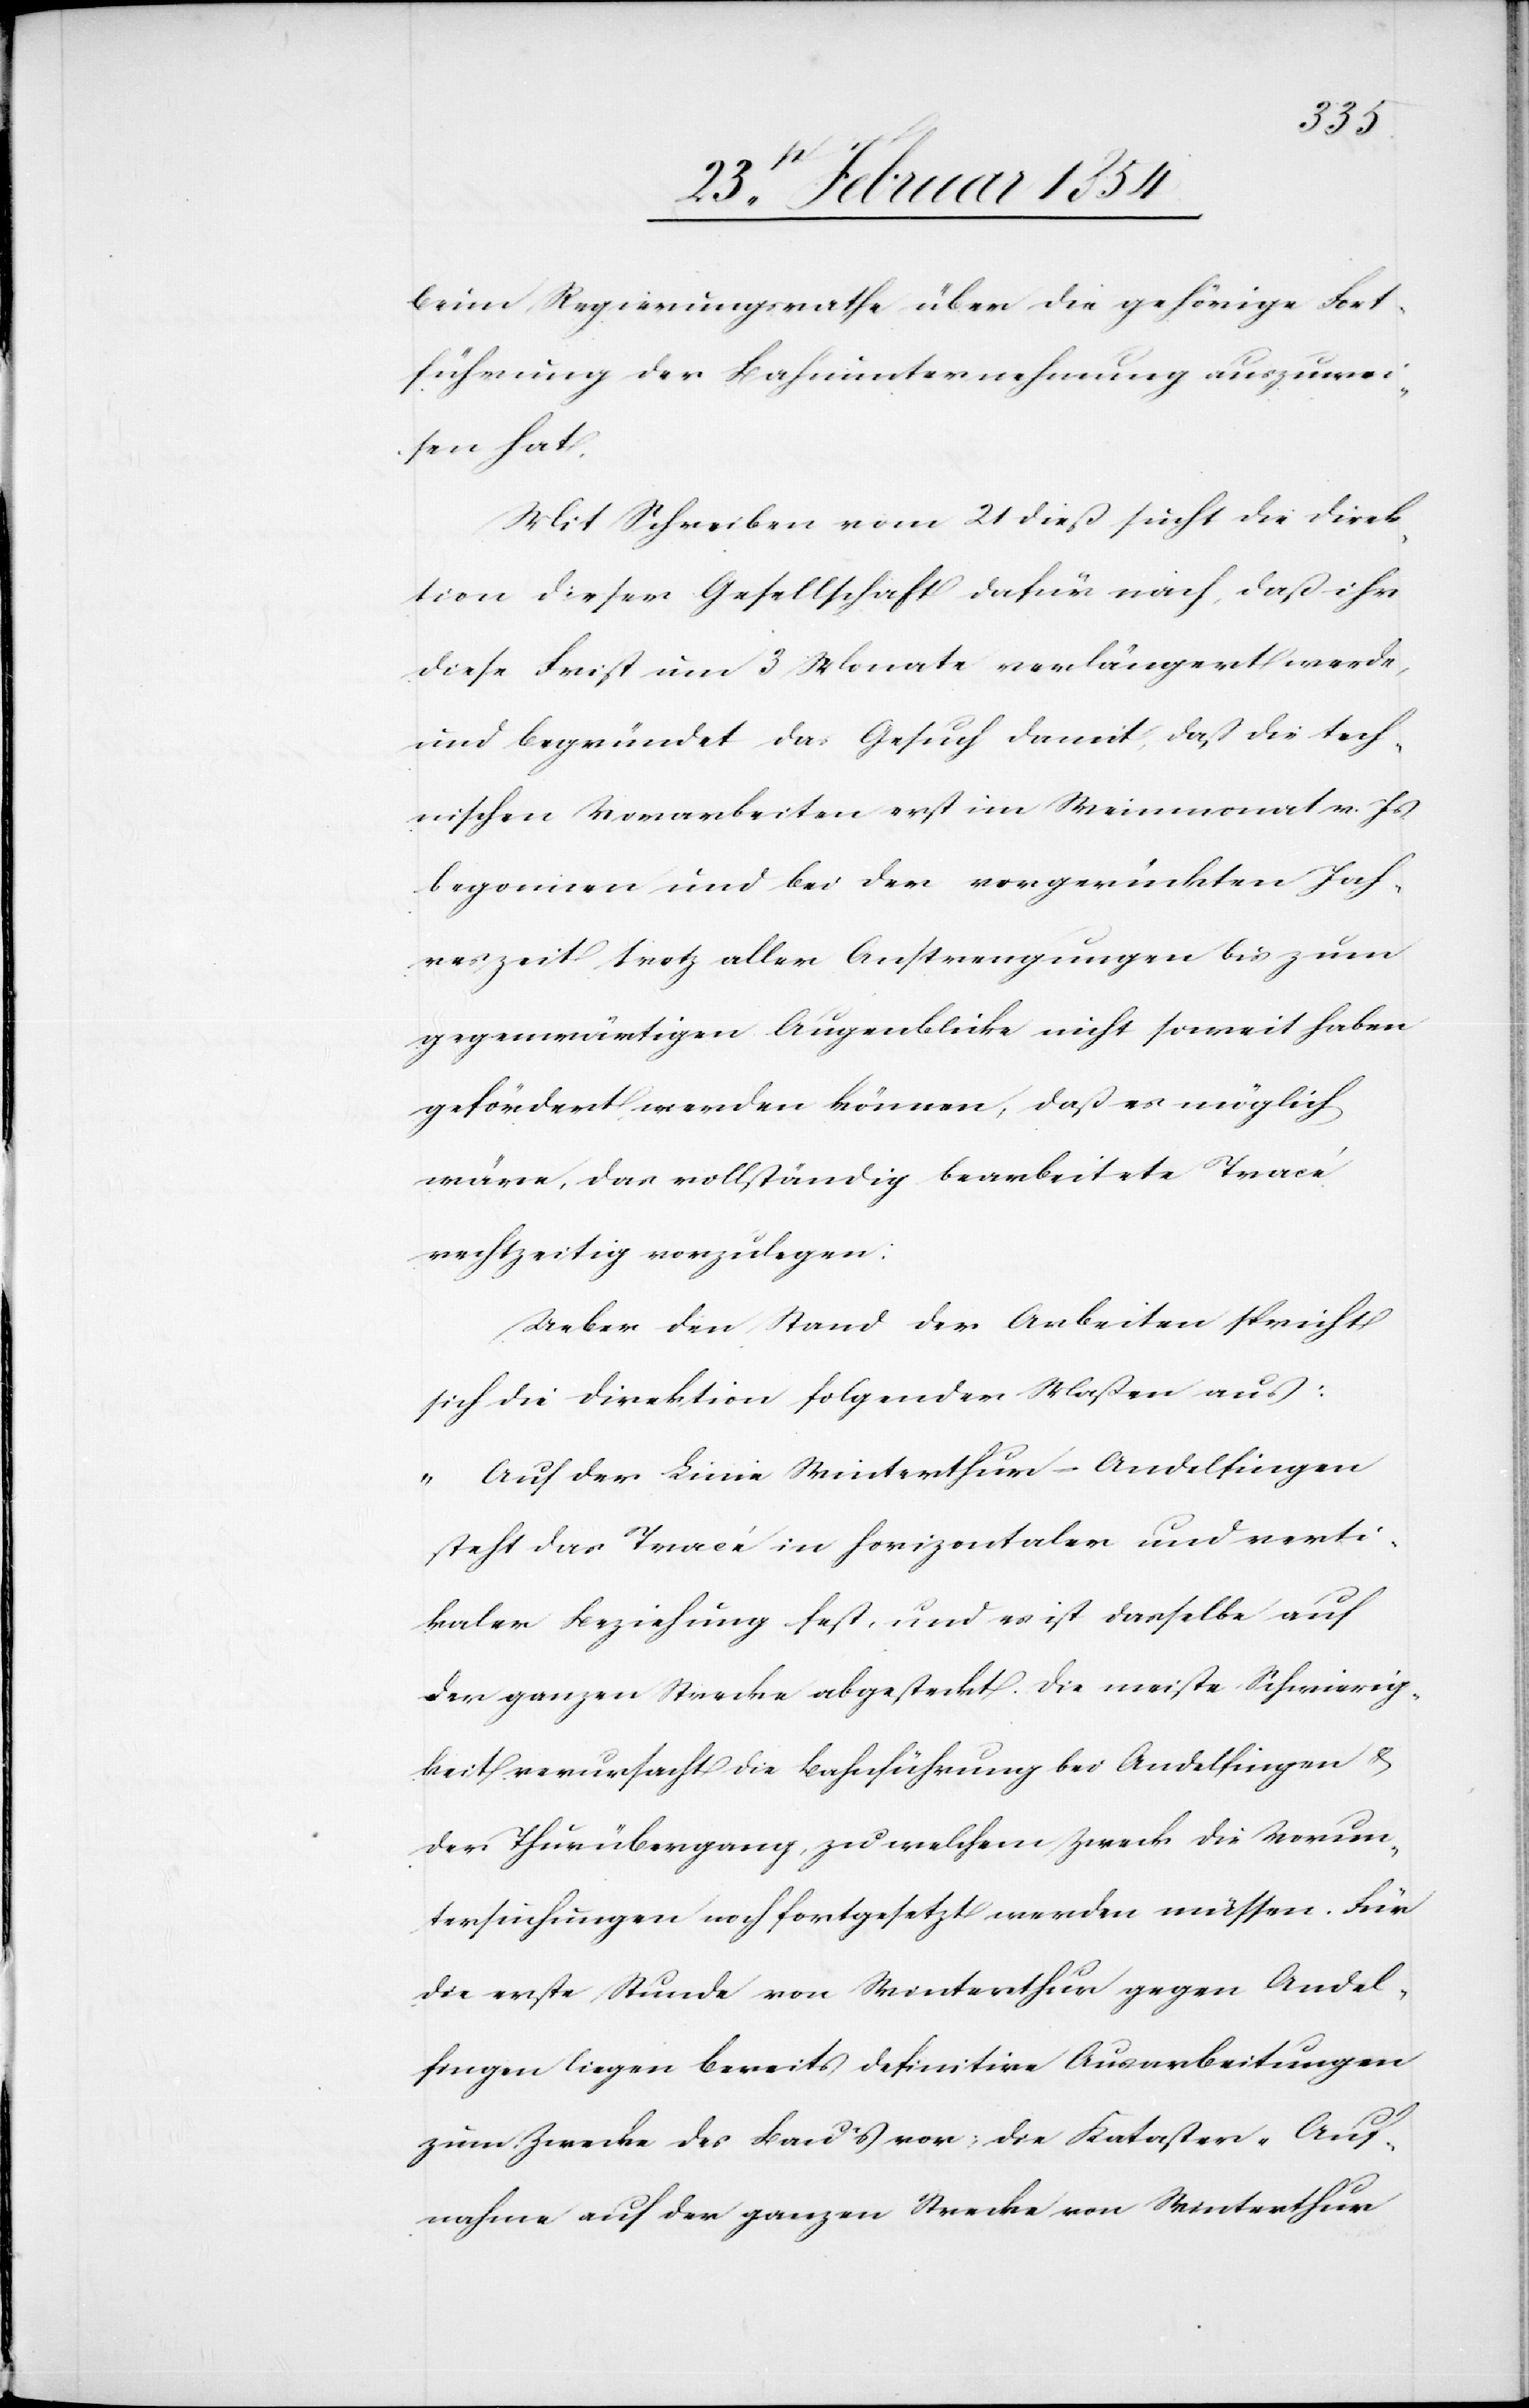
beim Regierungsrathe über die gehörige Fort¬
führung der Bahnunternehmung auszuwei¬
sen hat.
Mit Schreiben vom 21 dieß sucht die Direk¬
tion dieser Gesellschaft dafür nach, daß ihr
diese Frist um 3 Monate verlängert werde,
und begründet das Gesuch damit, daß die tech¬
nischen Vorarbeiten erst im Weinmonat v. Js
begonnen und bei der vorgerückten Jah¬
reszeit trotz aller Anstrengungen bis zum
gegenwärtigen Augenblicke nicht soweit haben
gefördert werden können, daß es möglich
wäre, das vollständig bearbeitete Tracé
rechtzeitig vorzulegen:
Ueber den Stand der Arbeiten spricht
sich die Direktion folgender Maßen aus:
„Auf der Linie Winterthur–Andelfingen
steht das Tracé in horizontaler und verti¬
kaler Beziehung fest, und es ist dasselbe auf
der ganzen Strecke abgesteckt. Die meiste Schwierig¬
keit verursacht die Bahnführung bei Andelfingen &
der Thurübergang, zu welchem Zweck die Vorun¬
tersuchungen noch fortgesetzt werden müssen. Für
die erste Stunde von Winterthur gegen Andel¬
fingen liegen bereits definitive Ausarbeitungen
zum Zwecke des Baus vor; die Kataster-Auf¬
nahme auf der ganzen Strecke von Winterthur